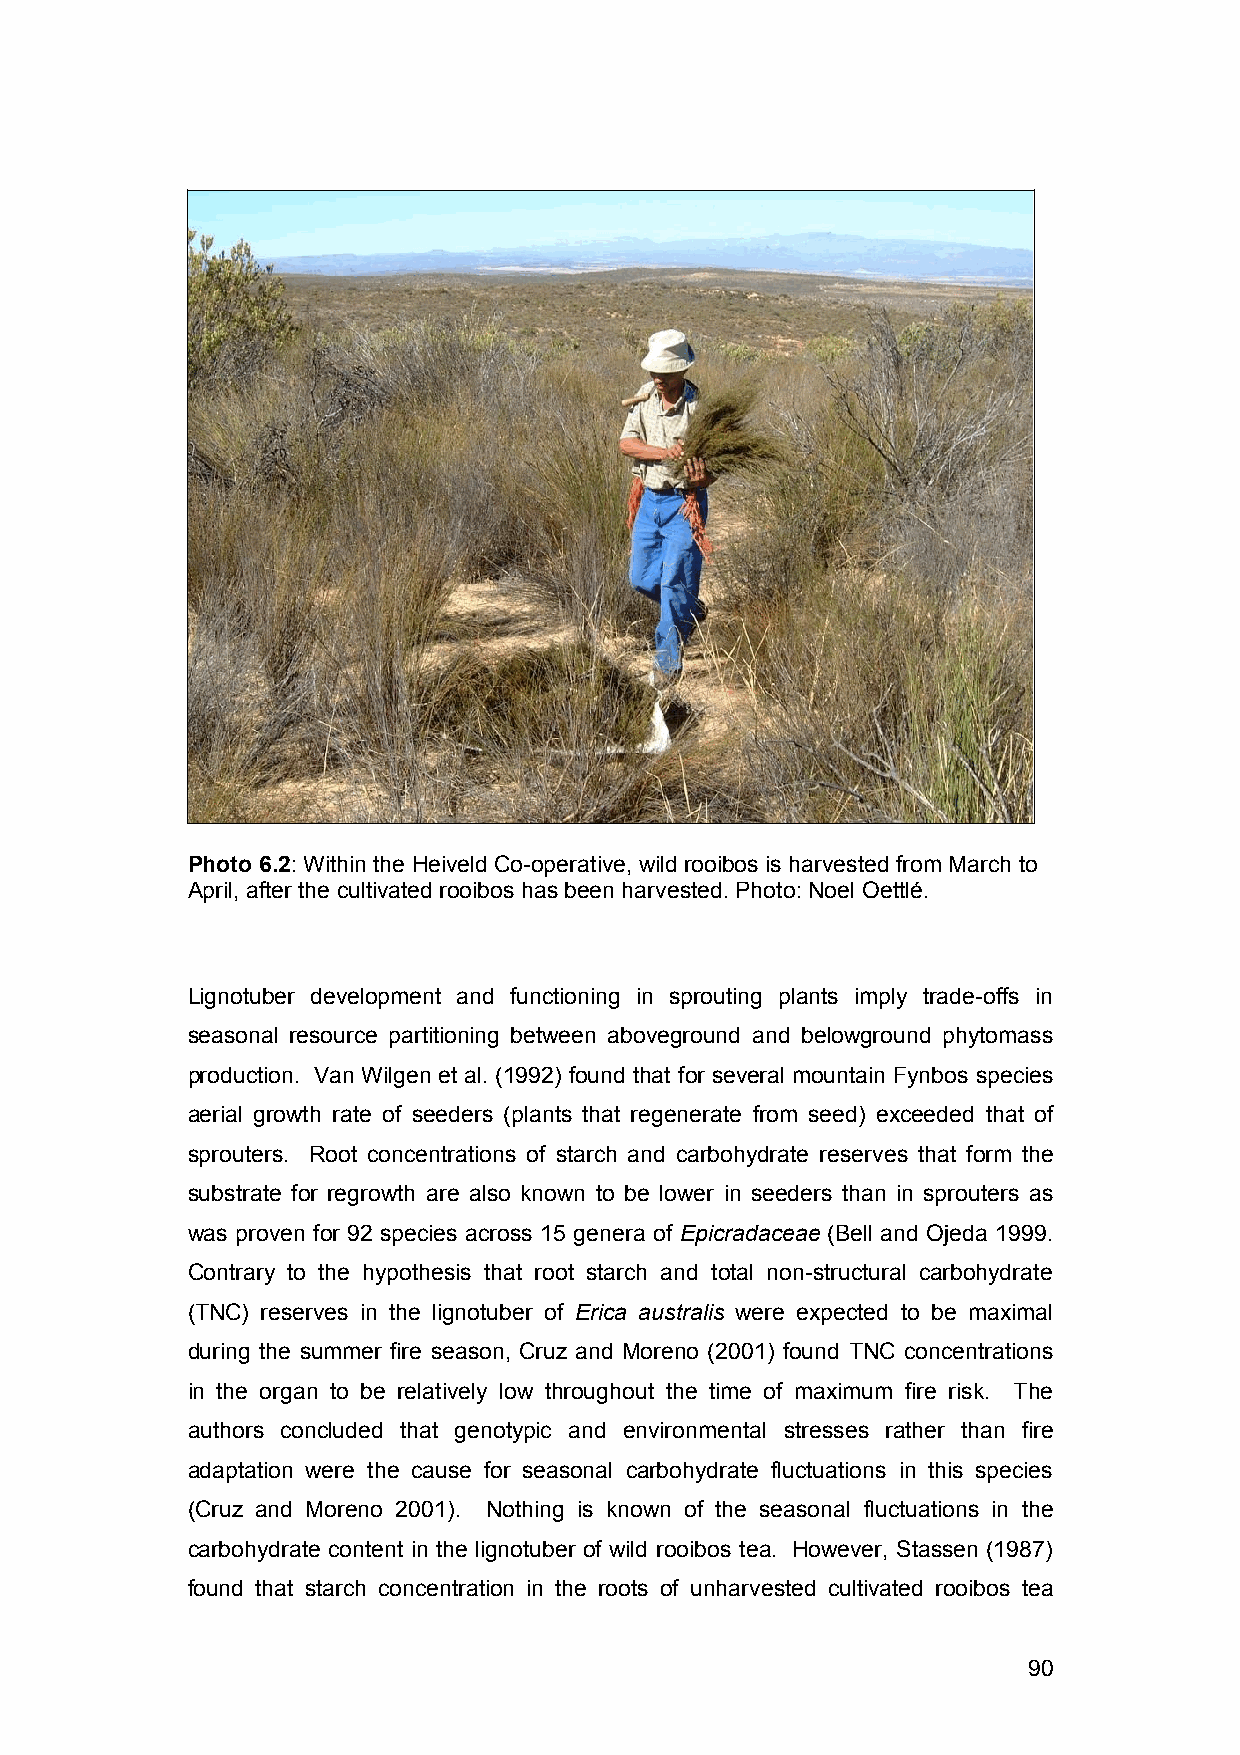
Photo 6.2: Within the Heiveld Co-operative, wild rooibos is harvested from March to
 April, after the cultivated rooibos has been harvested. Photo: Noel Oettlé.
 Lignotuber development and functioning in sprouting plants imply trade-offs in
 seasonal resource partitioning between aboveground and belowground phytomass
 production. Van Wilgen et al. (1992) found that for several mountain Fynbos species
 aerial growth rate of seeders (plants that regenerate from seed) exceeded that of
 sprouters. Root concentrations of starch and carbohydrate reserves that form the
 substrate for regrowth are also known to be lower in seeders than in sprouters as
 was proven for 92 species across 15 genera of Epicradaceae (Bell and Ojeda 1999.
 Contrary to the hypothesis that root starch and total non-structural carbohydrate
 (TNC) reserves in the lignotuber of Erica australis were expected to be maximal
 during the summer fire season, Cruz and Moreno (2001) found TNC concentrations
 in the organ to be relatively low throughout the time of maximum fire risk. The
 authors concluded that genotypic and environmental stresses rather than fire
 adaptation were the cause for seasonal carbohydrate fluctuations in this species
 (Cruz and Moreno 2001). Nothing is known of the seasonal fluctuations in the
 carbohydrate content in the lignotuber of wild rooibos tea. However, Stassen (1987)
 found that starch concentration in the roots of unharvested cultivated rooibos tea
 90